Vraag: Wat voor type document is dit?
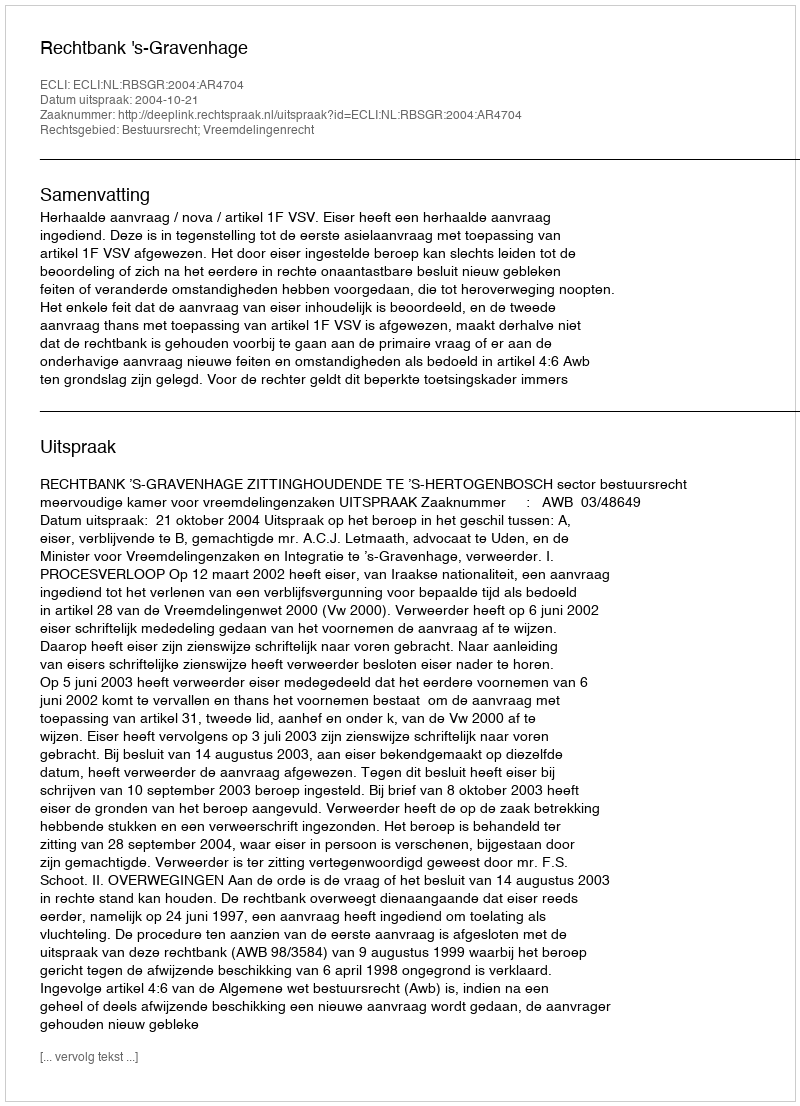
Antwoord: Uitspraak